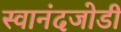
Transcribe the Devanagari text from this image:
स्वानंदजोडी